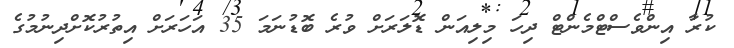
ކުރާ އިންވެސްޓްމެންޓް ދިހަ މިލިއަން ޑޮލަރަށް ވުރެ ބޮޑުނަމަ 35 އަހަރަށް އިތުރުކޮށްދިނުމުގެ